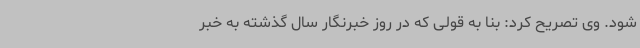
شود. وی تصریح کرد: بنا به قولی که در روز خبرنگار سال گذشته به خبر